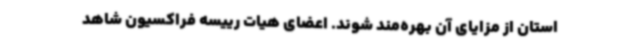
استان از مزایای آن بهره‌مند شوند. اعضای هیات رییسه فراکسیون شاهد